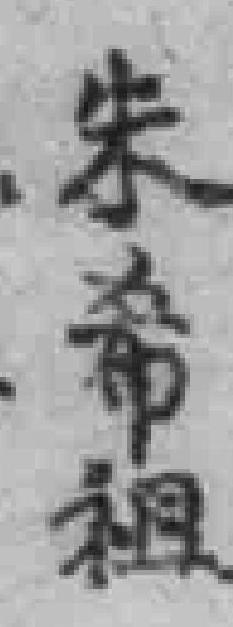
朱希祖